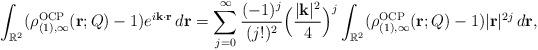
LaTeX: \begin{align*} \int_{\mathbb R^2} ( \rho_{(1),\infty}^{\rm OCP}(\mathbf r; Q) - 1) e^{i \mathbf k \cdot \mathbf r } \, d \mathbf r = \sum_{j=0}^\infty {(-1)^j \over (j!)^2} \Big ( {|\mathbf k |^2 \over 4} \Big )^j \int_{\mathbb R^2} ( \rho_{(1),\infty}^{\rm OCP}(\mathbf r; Q) - 1) | \mathbf r |^{2j} \, d \mathbf r, \end{align*}